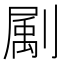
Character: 㔉